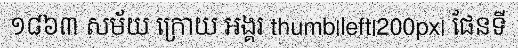
១៨៦៣ សម័យ ក្រោយ អង្គរ thumb|left|200px| ផែនទី